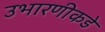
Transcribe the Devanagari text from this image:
उभारणीकडे